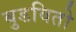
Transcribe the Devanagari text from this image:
बुडवितो